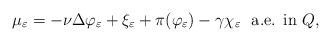
LaTeX: \begin{align*} \mu_{\varepsilon}= - \nu \Delta \varphi_{\varepsilon} + \xi_{\varepsilon} + \pi(\varphi_{\varepsilon}) - \gamma \chi_{\varepsilon} \ \ \textrm{a.e. in $Q$,} \end{align*}